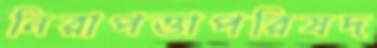
নিরাপত্তাপরিষদ